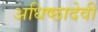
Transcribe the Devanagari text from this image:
अधिष्छादेवी